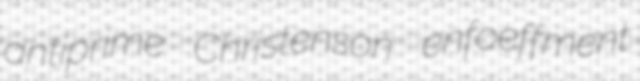
antiprime Christenson enfoeffment